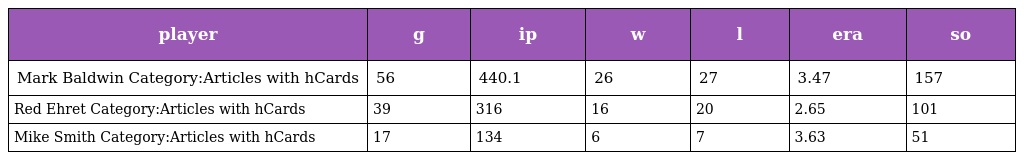
| player | g | ip | w | l | era | so |
 | --- | --- | --- | --- | --- | --- | --- |
 | Mark Baldwin Category:Articles with hCards | 56 | 440.1 | 26 | 27 | 3.47 | 157 |
 | Red Ehret Category:Articles with hCards | 39 | 316 | 16 | 20 | 2.65 | 101 |
 | Mike Smith Category:Articles with hCards | 17 | 134 | 6 | 7 | 3.63 | 51 |